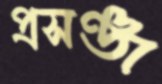
প্রসঞ্জ